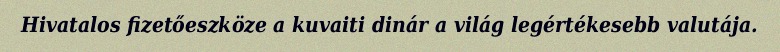
Hivatalos fizetőeszköze a kuvaiti dinár a világ legértékesebb valutája.